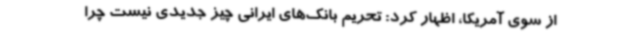
از سوی آمریکا، اظهار کرد: تحریم بانک‌های ایرانی چیز جدیدی نیست چرا